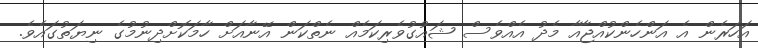
އަހަރެން އެ އަންހެންކުއްޖާއާ މެދު އެއްވެސް ޝައުގުވެރިކަމެއް ނެތްކަން އޭނާއަށް ހާމަކޮށްދިނުމުގެ ނިޔަތުގައެވެ.